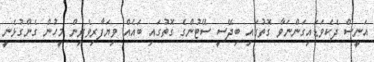
އަނީސް ދެކެވަޑައިގަންނަވާ ގޮތުގައި ބިދޭސީ ސޭޓުންގެ ގޮތުގައި ބައެއް ވިޔަފާރިވެރިން މީހުން ގެންގުޅެނީ